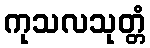
ကုသလသုတ္တံ